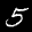
Label: 5